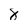
Character: 8